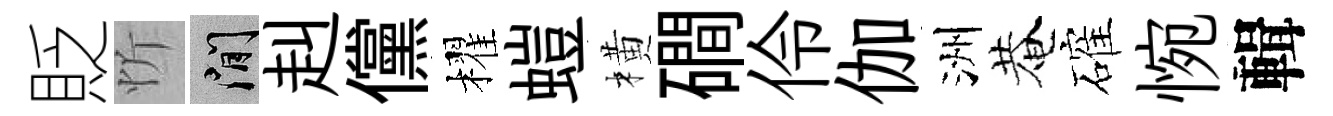
貶忻閑赳儻櫂螘橫磵伶伽洲菴確惋輯